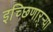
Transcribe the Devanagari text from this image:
इच्छिणाऱ्र्‍या